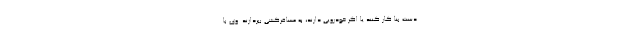
دست بنا کار کنند یا اگر خودرویی دارند، به مسافرکشی بپردازند. وی با